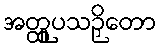
အတ္ထူပသဉှိတော